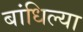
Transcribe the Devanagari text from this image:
बांधिल्या